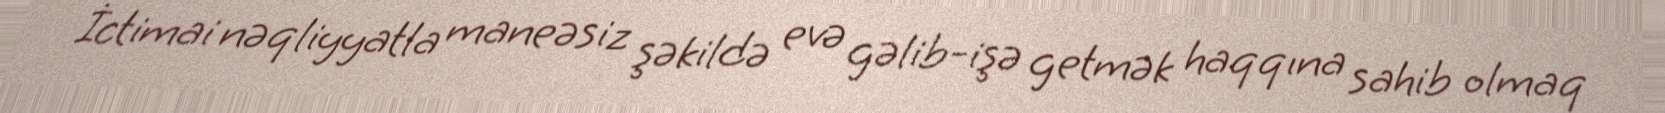
İctimai nəqliyyatla maneəsiz şəkildə evə gəlib-işə getmək haqqına sahib olmaq